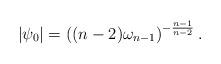
LaTeX: \begin{align*}|\psi_0|= \left( (n-2) \omega_{n-1} \right)^{-\frac{n-1}{n-2}}.\end{align*}